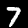
Label: 7